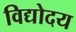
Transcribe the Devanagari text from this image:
विद्योदय